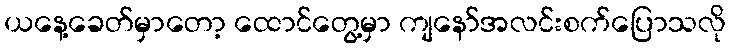
ယနေ့ခေတ်မှာတော့ ထောင်တွေ့မှာ ကျနော်အလင်းစက်ပြောသလို